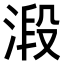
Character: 𣹂